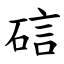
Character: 䂴